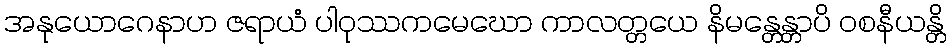
အနုယောဂေနာဟ ဇရာယံ ပါဝုဿကမေဃော ကာလတ္တယေ နိမန္တေန္တာပိ ဝစနီယန္တိ